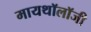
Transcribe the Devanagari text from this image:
मायथॉलॉजी